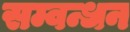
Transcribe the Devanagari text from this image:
सम्वन्धन